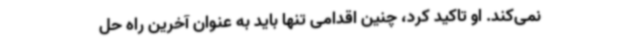
نمی‌کند. او تاکید کرد، چنین اقدامی تنها باید به عنوان آخرین راه حل